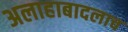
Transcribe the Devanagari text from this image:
अलाहाबादलाच